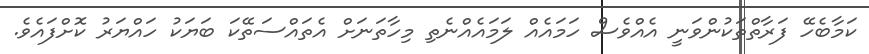
ކަމާބެހޭ ފަރާތްތަކުންވަނީ އެއްވެސް ހަމައެއް ލަމައެއްނެތި މިހާތަނަށް އެތައްސަތޭކަ ބަޔަކު ހައްޔަރު ކޮށްފައެވެ.